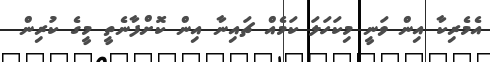
އެމެރިކާ އިން ވަނީ މިކަހަލަ ކަމެއް ޗައިނާ އިން ކޮށްފާނެތީ މީގެ ކުރިން